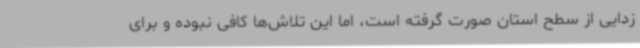
‌زدایی از سطح استان صورت گرفته است، اما این تلاش‌ها کافی نبوده و برای